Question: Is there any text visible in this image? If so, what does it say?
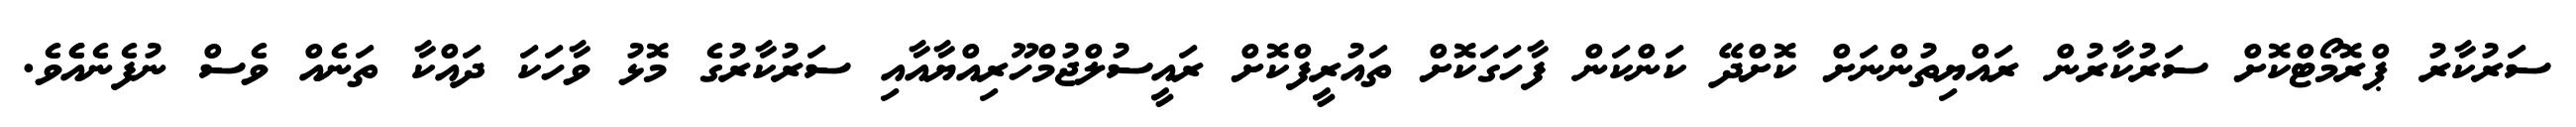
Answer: ސަރުކާރު ޕްރޮމޯޓްކޮށް ސަރުކާރުން ރައްޔިތުންނަށް ކޮށްދޭ ކަންކަން ފާހަގަކޮށް ތައުރީފްކޮށް ރައީސުލްޖުމްހޫރިއްޔާއާއި ސަރުކާރުގެ މޮޅު ވާހަކަ ދައްކާ ތަނެއް ވެސް ނުފެނެއެެވެ.